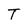
Character: T